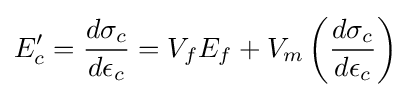
E_{c}'={\frac {d\sigma _{c}}{d\epsilon _{c}}}=V_{f}E_{f}+V_{m}\left({\frac {d\sigma _{c}}{d\epsilon _{c}}}\right)